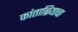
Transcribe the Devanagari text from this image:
कांताब्रियाचा